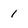
Character: 1